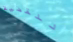
للقضية